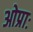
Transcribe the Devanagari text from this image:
ओप्राः